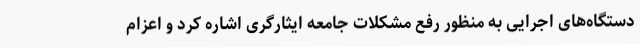
دستگاه‌های اجرایی به منظور رفع مشکلات جامعه ایثارگری اشاره کرد و اعزام